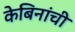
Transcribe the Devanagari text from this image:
केबिनांची